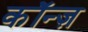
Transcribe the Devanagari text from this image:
कॉन्ज़